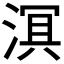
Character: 𬈑